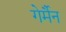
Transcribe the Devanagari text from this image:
गेर्मैन